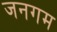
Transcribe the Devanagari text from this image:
जनगम